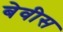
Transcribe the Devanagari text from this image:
बेवीस